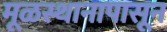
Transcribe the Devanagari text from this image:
मूळस्थानापासून